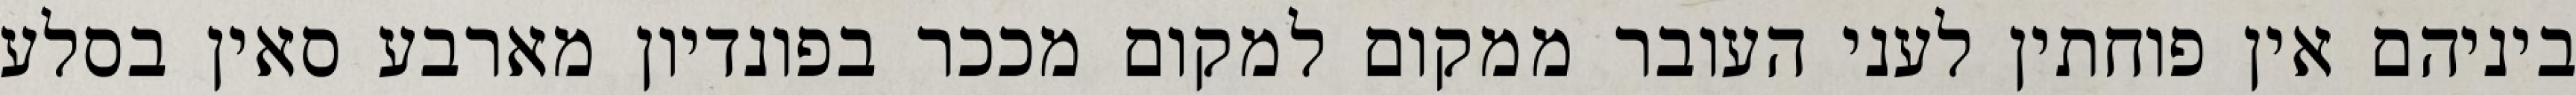
ביניהם אין פוחתין לעני העובר ממקום למקום מככר בפונדיון מארבע סאין בסלע